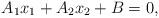
LaTeX: \begin{align*}A_1x_1+A_2x_2+B=0,\end{align*}